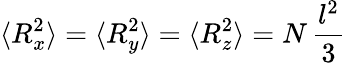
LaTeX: \langle R_{x}^{2}\rangle=\langle R_{y}^{2}\rangle=\langle R_{z}^{2}\rangle=N\, {\frac{l^{2}}{3}}